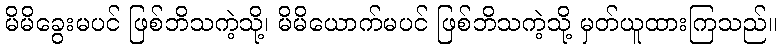
မိမိခွေးမပင် ဖြစ်ဘိသကဲ့သို့၊ မိမိယောက်မပင် ဖြစ်ဘိသကဲ့သို့ မှတ်ယူထားကြသည်။